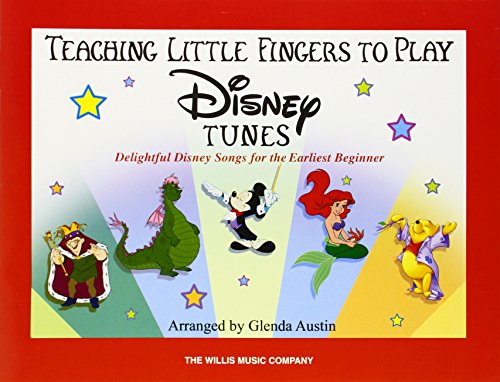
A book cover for Teaching Little Fingers to Play: Disney Tunes; Glenda Austin; Humor & Entertainment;